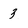
Character: 3